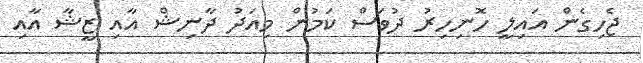
ޖެހިގެން އައިލީ ހޮނިހިރު ދުވަސް ކަމުން މިއަދު ދާނިޝް އާއި ޒީޝާ އާއި